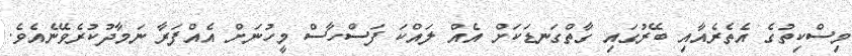
މިސްކިތުގެ އެތެރެއާއި ބޭރުގައި ގާތްގަނޑަކަށް އެއް ލައްކަ ފަސްހާސް މީހުނަށް އެއްފަރާ ނަމާދުކުރެވޭނެއެވެ.